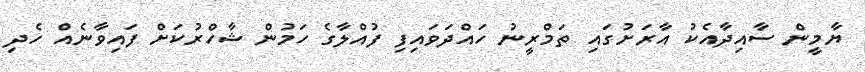
ޔާމީން ސާއިދާއެކު އާރަށުގައި ތަމްރީނު ހައްދަވައިފި ފުއްލާގެ ހަމުން ޝާހްރުކަށް ފައިވާނެއް ހެދި